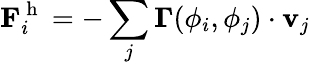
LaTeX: \mathbf{F}_{i}^{\mathrm{~h~}}=-\sum_{j}\mathbf{\Gamma}(\phi_{i},\phi_{j})\cdot\mathbf{v}_{j}